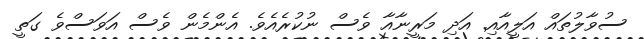
ސުވާލުތައް އަލީއާއި